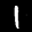
Label: 1